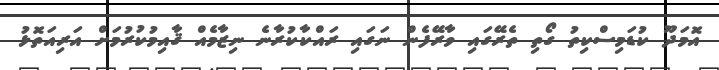
އޮމަދޫ ކުޑަމިސްކިތު ގޯތި ތެރޭގައި ވާރޭފެން ނަގައި ރައްކާކުރާނެ ނިޒާމެއް ޤާއިމުކުރުމަށް އަރިއަތޮޅު